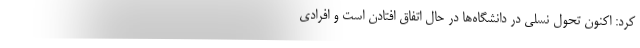
کرد: اکنون تحول نسلی‌ در دانشگاه‌ها در حال اتفاق افتادن است و افرادی